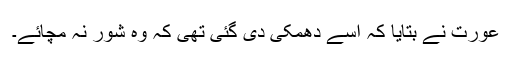
عورت نے بتایا کہ اسے دھمکی دی گئی تھی کہ وہ شور نہ مچائے۔